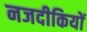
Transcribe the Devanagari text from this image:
नजदीकियों